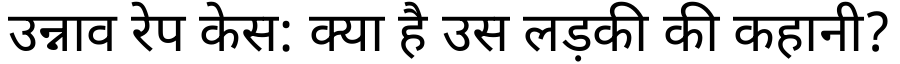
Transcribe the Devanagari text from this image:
उन्नाव रेप केस: क्या है उस लड़की की कहानी?